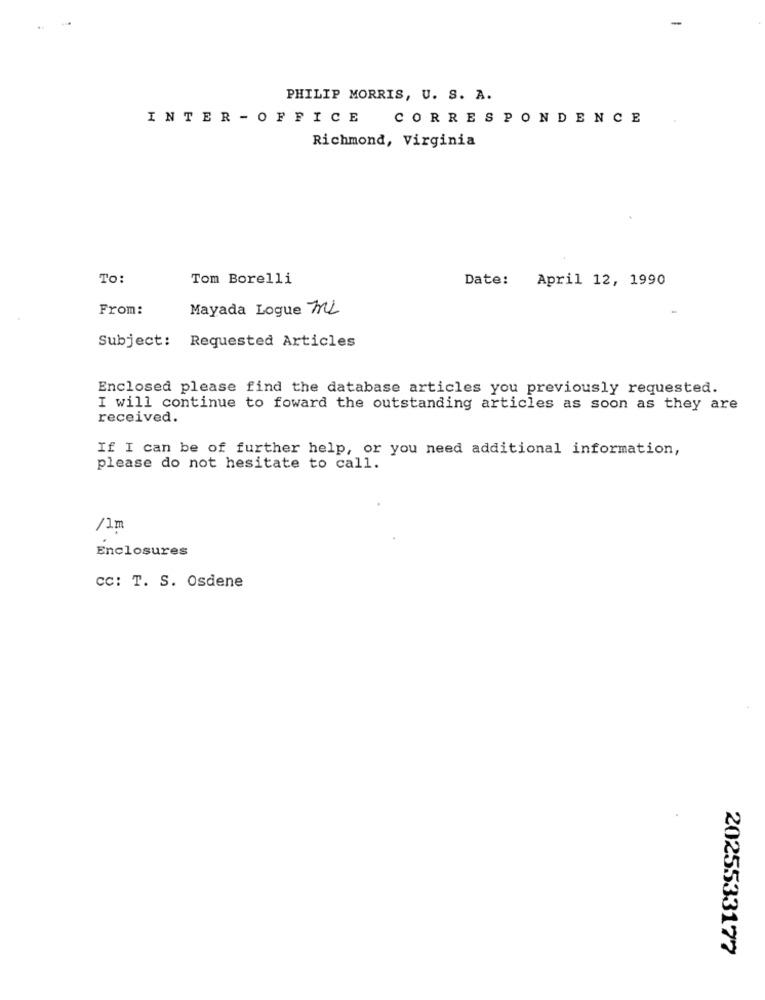
PHILIP MORRIS, U. S. A.
INTER - OFFICE
CORRESPONDENCE
Richmond, Virginia
To:
Tom Borelli
Date:
April 12, 1990
From:
Mayada Logue ML
Subject: Requested Articles
Enclosed please find the database articles you previously requested.
I will continue to foward the outstanding articles as soon as they are
received.
If I can be of further help, or you need additional information,
please do not hesitate to call.
/1m
Enclosures
CC: T. S. Osdene
2025533177